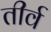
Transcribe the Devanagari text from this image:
तीर्व